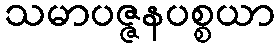
သမာပဇ္ဇနပစ္စယာ